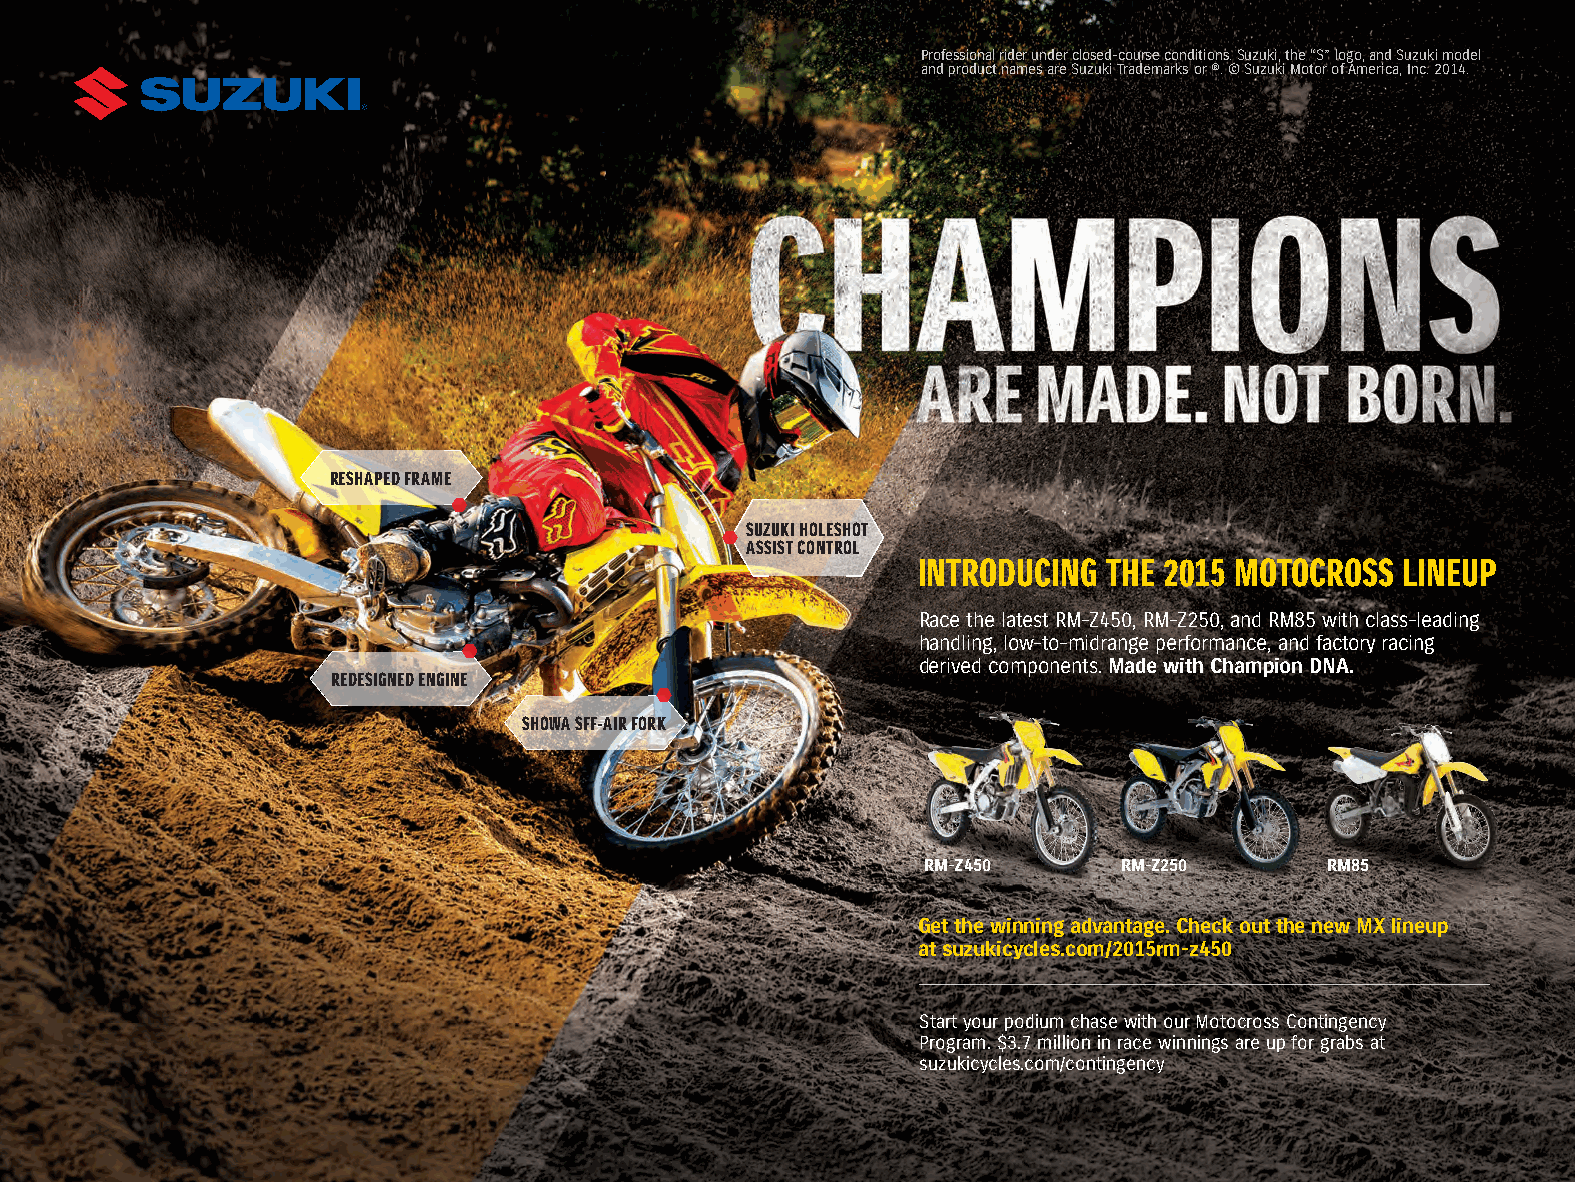
Professional rider under closed-course conditions. Suzuki, the “S” logo, and Suzuki model
 and product names are Suzuki Trademarks or ®. © Suzuki Motor of America, Inc. 2014.
 RESHAPED FRAME
 SUZUKI HOLESHOT
 ASSIST CONTROL
 INTRODUCING THE 2015 MOTOCROSS  LINEUP
 Race the latest RM-Z450, RM-Z250, and RM85 with class-leading
 handling, low-to-midrange performance, and factory racing
 derived components. Made with Champion DNA.
 REDESIGNED ENGINE
 SHOWA SFF-AIR FORK
 RM-Z450      RM-Z250       RM85
 Get the winning advantage. Check out the new MX lineup
 at suzukicycles.com/2015rm-z450
 Start your podium chase with our Motocross Contingency
 Program. $3.7 million in race winnings are up for grabs at
 suzukicycles.com/contingency